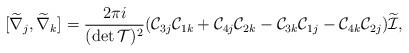
LaTeX: \begin{align*}[\widetilde{\nabla}_{j},\widetilde{\nabla}_{k}]=\frac{2\pi i}{(\det\mathcal{T})^{2}}(\mathcal{C}_{3j}\mathcal{C}_{1k}+\mathcal{C}_{4j}\mathcal{C}_{2k}-\mathcal{C}_{3k}\mathcal{C}_{1j}-\mathcal{C}_{4k}\mathcal{C}_{2j})\widetilde{\mathcal{I}},\end{align*}